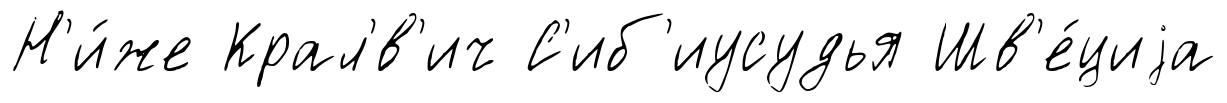
Н'и́же Крал'́в'ич С'иб'иусудья Шв'е́циjа